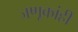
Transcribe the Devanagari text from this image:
जणूकांही